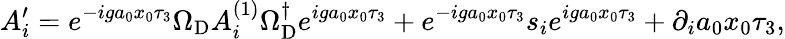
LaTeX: A_{i}^{\prime}=e^{-iga_{0}x_{0}\tau_{3}}\Omega_{\mathrm{D}}A_{i}^{(1)}\Omega_{\mathrm{D}}^{\dagger}e^{iga_{0}x_{0}\tau_{3}}+e^{-iga_{0}x_{0}\tau_{3}}s_{i}e^{iga_{0}x_{0}\tau_{3}}+\partial_{i}a_{0}x_{0}\tau_{3},